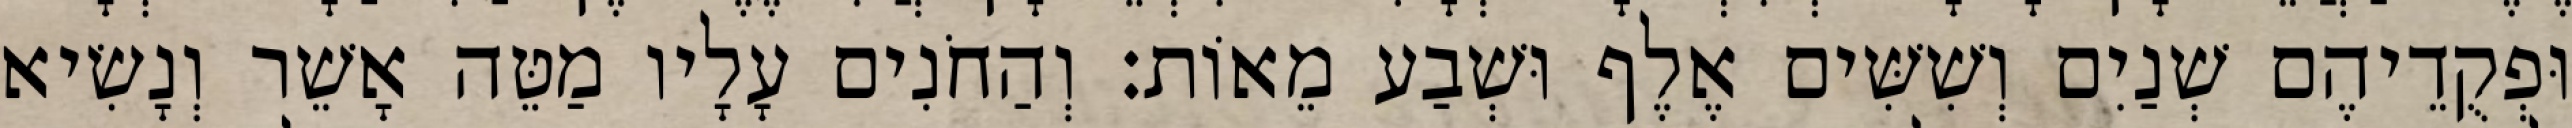
וּפְקֻדֵיהֶם שְׁנַיִם וְשִׁשִּׁים אֶלֶף וּשְׁבַע מֵאוֹת׃ וְהַחֹנִים עָלָיו מַטֵּה אָשֵׁר וְנָשִׂיא